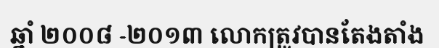
ឆ្នាំ ២០០៨ -២០១៣ លោកត្រូវបានតែងតាំង